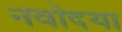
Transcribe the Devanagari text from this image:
नवोदया